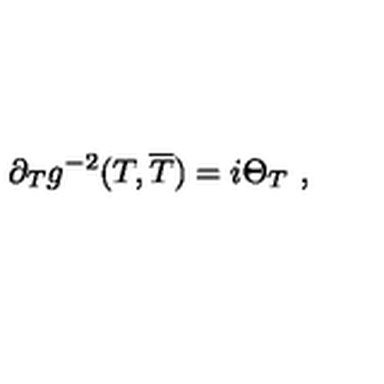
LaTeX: \partial _ { T } g ^ { - 2 } ( T , \overline { { T } } ) = i \Theta _ { T } \ ,